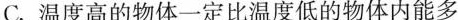
C.温度高的物体一定比温度低的物体内能多